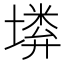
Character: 𡏰